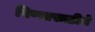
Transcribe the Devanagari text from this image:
पिण्यासाठीचे